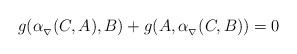
LaTeX: \begin{align*} g (\alpha_{_{\nabla}}(C,A), B) + g (A,\alpha_{_{\nabla}} (C,B))=0\end{align*}